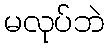
မလုပ်ဘဲ